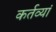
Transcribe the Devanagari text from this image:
कर्तव्यां